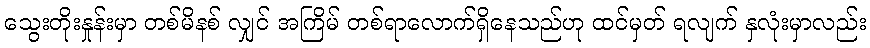
သွေးတိုးနှုန်းမှာ တစ်မိနစ် လျှင် အကြိမ် တစ်ရာလောက်ရှိနေသည်ဟု ထင်မှတ် ရလျက် နှလုံးမှာလည်း